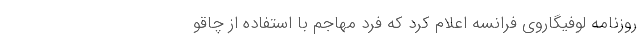
روزنامه لوفیگاروی فرانسه اعلام کرد که فرد مهاجم با استفاده از چاقو